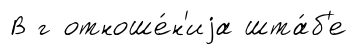
В г отноше́н'иjа шта́б'е